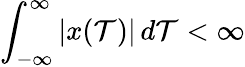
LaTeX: \int_{-\infty}^{\infty}|x(\mathcal{T})|\, d\mathcal{T}<\infty